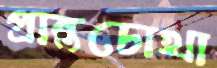
প্রান্তচোখা